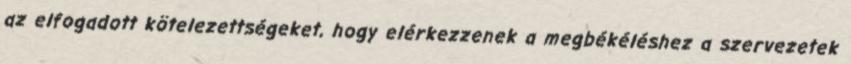
az elfogadott kötelezettségeket, hogy elérkezzenek a megbékéléshez a szervezetek